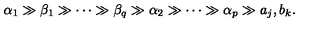
\alpha _ { 1 } \gg \beta _ { 1 } \gg \cdots \gg \beta _ { q } \gg \alpha _ { 2 } \gg \cdots \gg \alpha _ { p } \gg a _ { j } , b _ { k } .